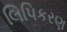
લિપિકરણ